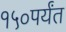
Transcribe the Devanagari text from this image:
१५०पर्यंत